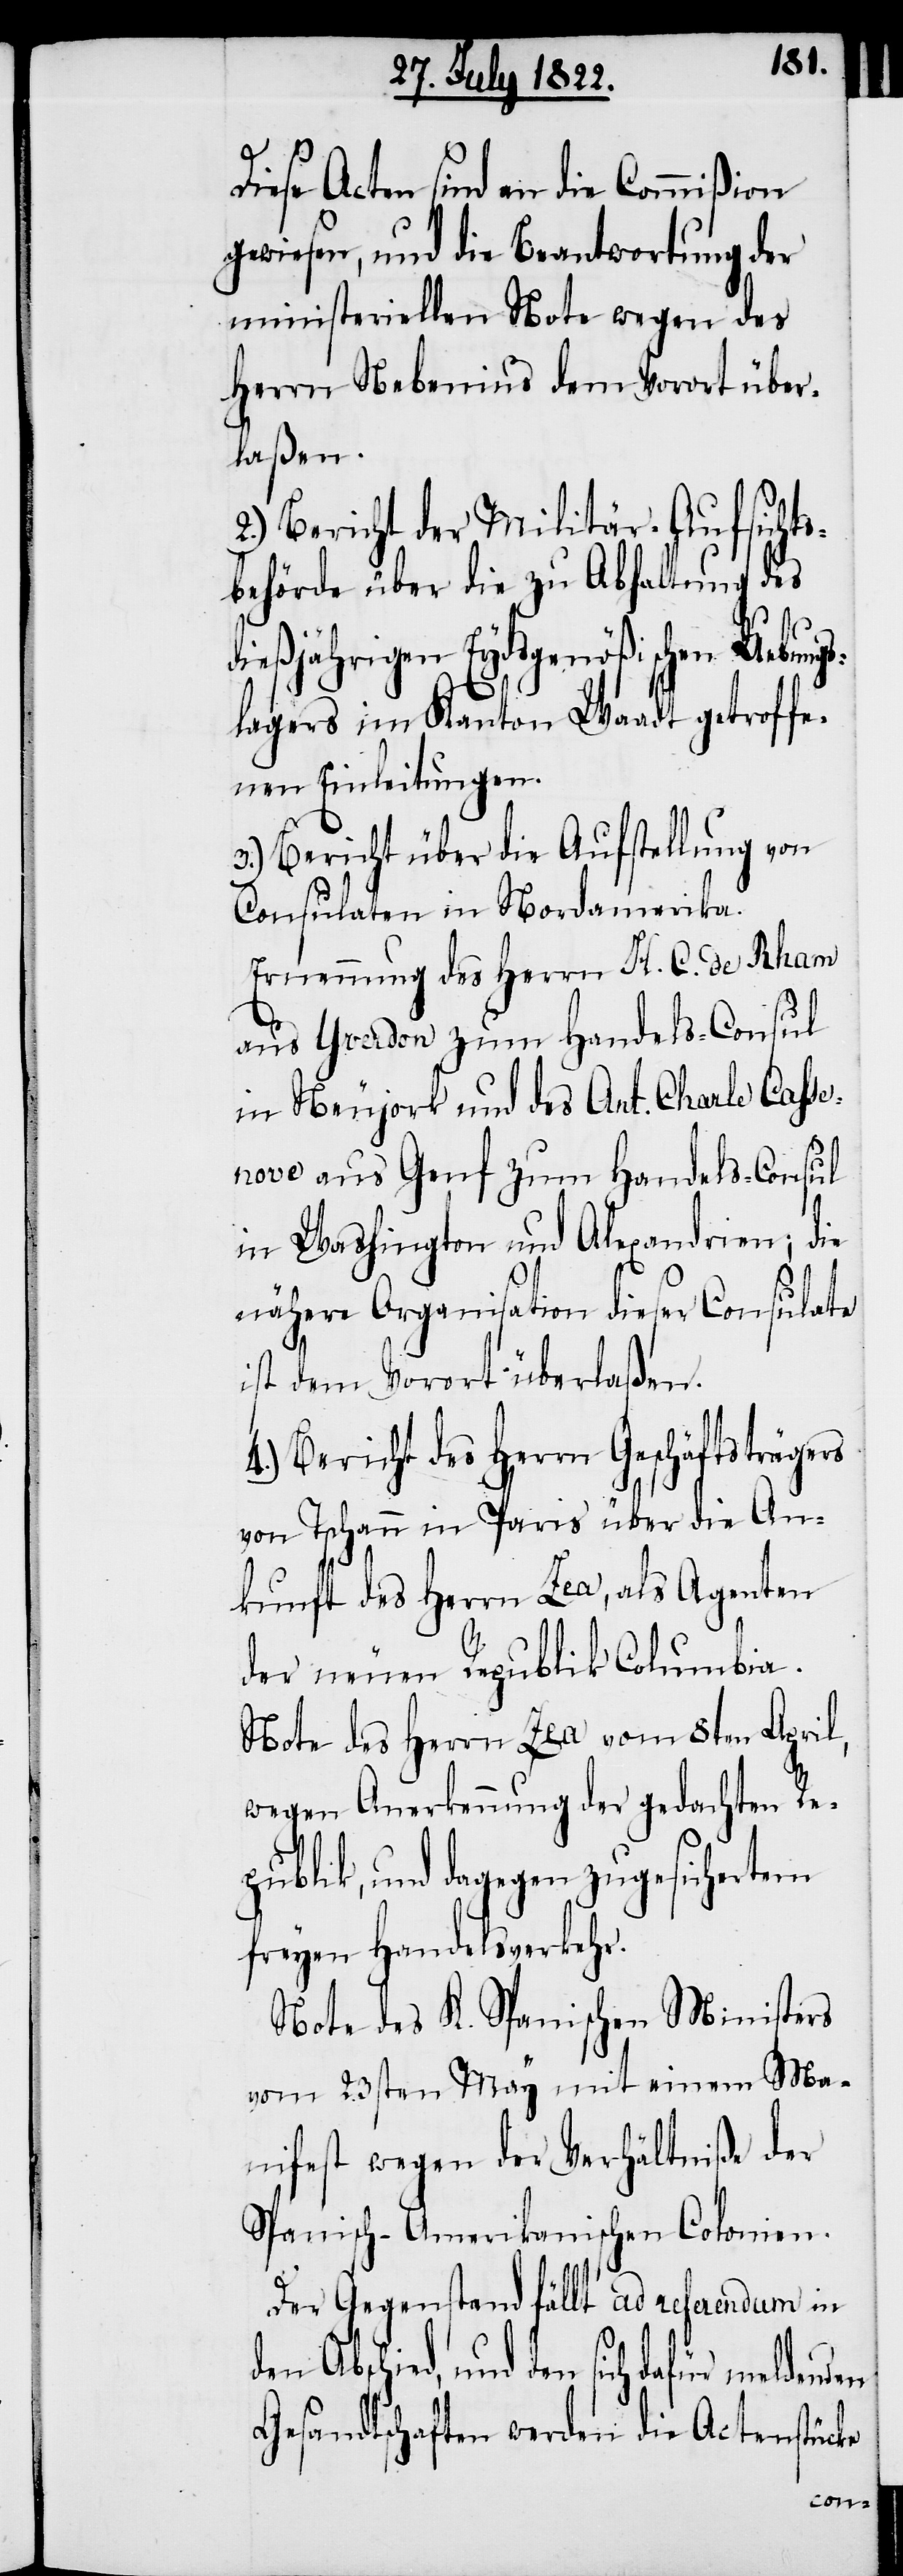
Diese Acten sind an die Commißion
gewiesen, und die Beantwortung der
ministeriellen Note wegen des
Herrn Nebenius dem Vorort über¬
laßen.
2.) Bericht der Militär-Aufsicht¬
sbehörde über die zu Abhaltung des
dießjährigen Eydsgenößischen Uebung¬
slagers im Kanton Waadt getroffe¬
nen Einleitungen.
3.) Bericht über die Aufstellung von
Consulaten in Nordamerika.
Ernennung des Herrn H. C. de Rham
aus Yverdon zum Handels-Consul
in Neujork und des Ant. Charle Casse¬
nove aus Genf zum Handels-Consul
in Washington und Alexandrien; die
nähere Organisation dieser Consulate
ist dem Vorort überlaßen.
4.) Bericht des Herrn Geschäftsträgers
von Tschann in Paris über die An¬
kunft des Herrn Lea, als Agenten
der neuen Republik Columbia.
Note des Herrn Lea vom 8ten April,
wegen Anerkennung der gedachten Re¬
publik, und dagegen zugesichertem
freyen Handelsverkehr.
Note des K. Spanischen Ministers
vom 23sten May mit einem Ma¬
nifest wegen der Verhältniße der
Spanisch-Amerikanischen Colonien.
Der Gegenstand fällt ad referendum in
d, und den sich dafür meldenden
Gesandtschaften werden die Actenstücke
Abschie¬